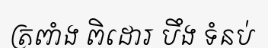
ត្រពាំង ពិដោរ បឹង ទំនប់